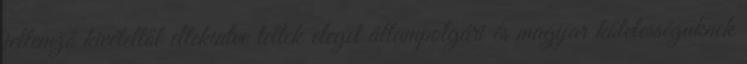
jellemző kivételtől eltekintve tettek eleget állampolgári és magyar kötelességüknek